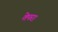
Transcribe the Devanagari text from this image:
तेपरा